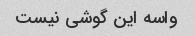
واسه این گوشی نیست